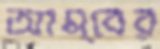
আম্বের